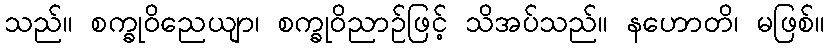
သည်။ စက္ခုဝိညေယျာ၊ စက္ခုဝိညာဉ်ဖြင့် သိအပ်သည်။ နဟောတိ၊ မဖြစ်။